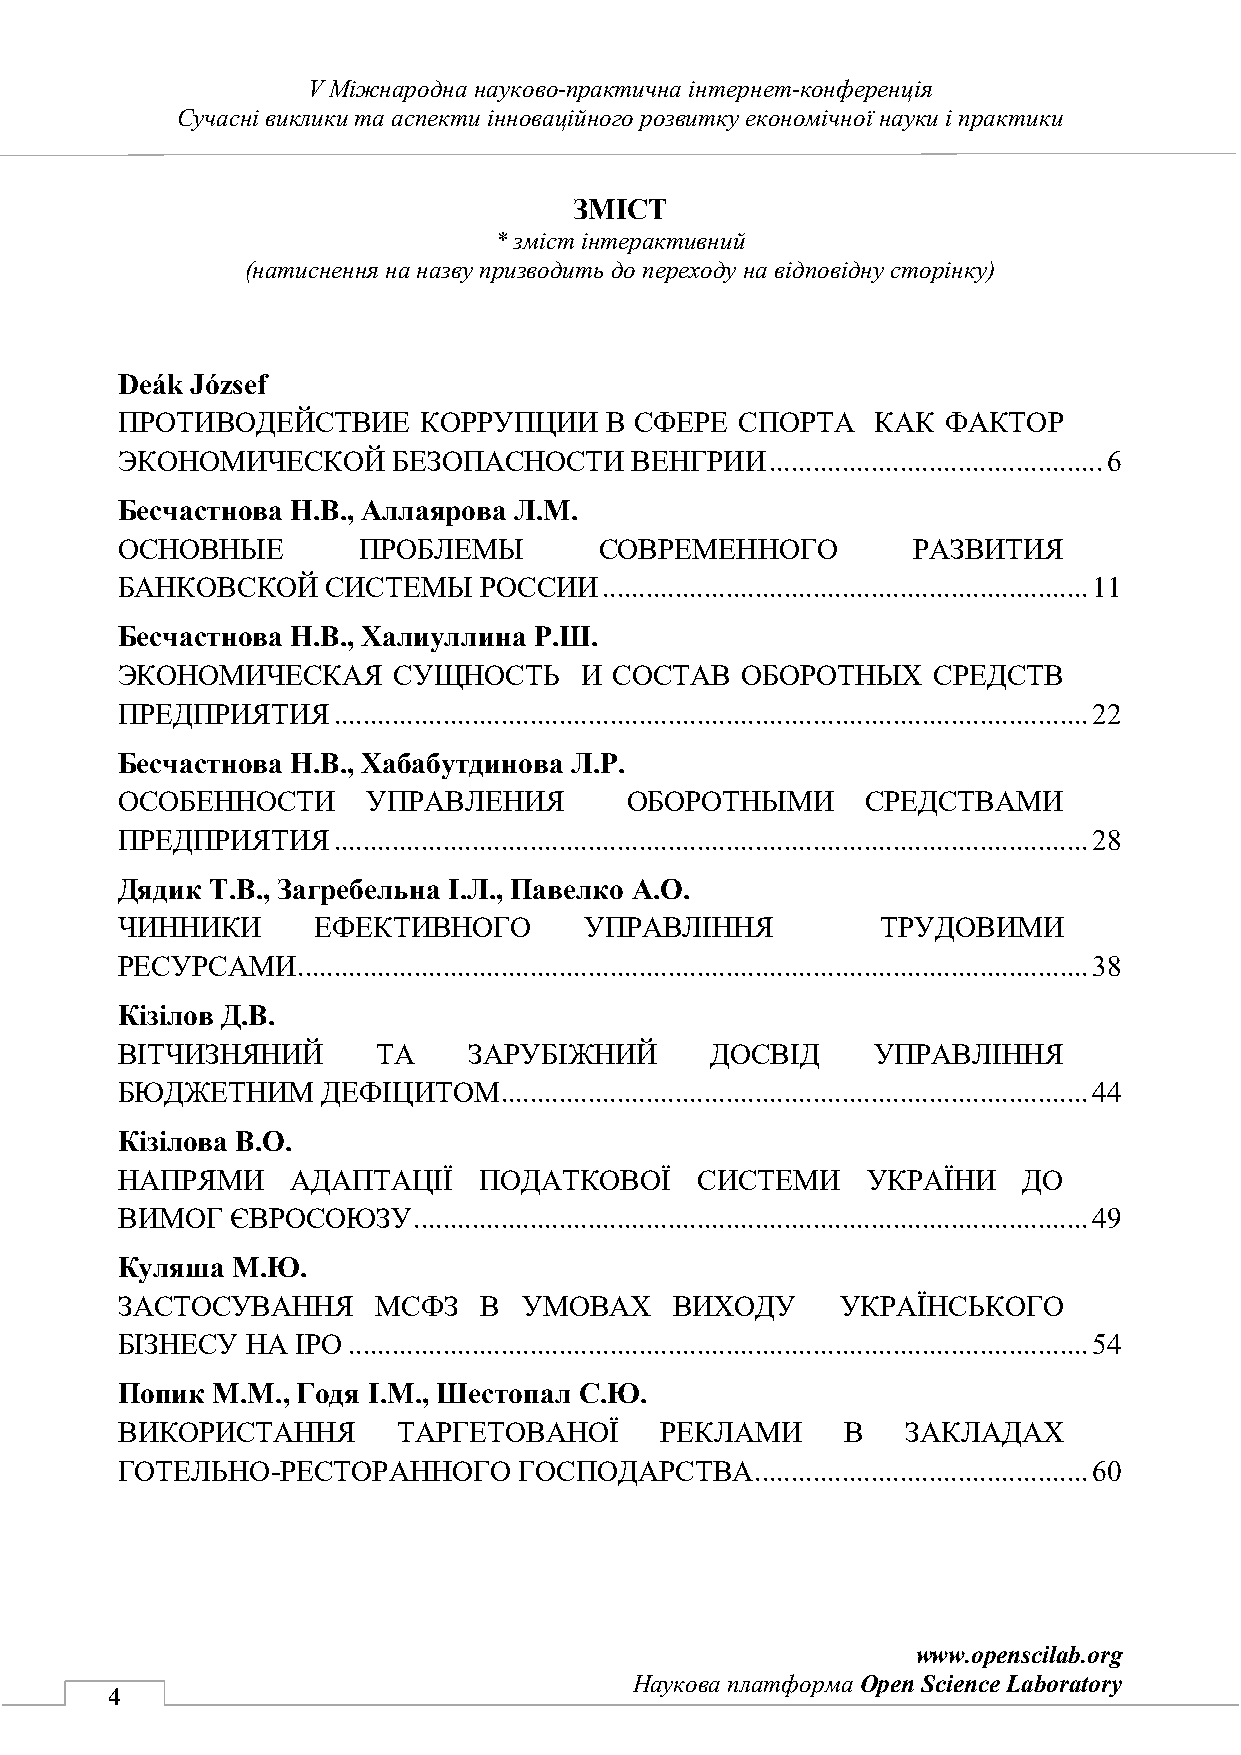
V Міжнародна науково-практична інтернет-конференція
 Сучасні виклики та аспекти інноваційного розвитку економічної науки і практики
 ЗМІСТ
 *зміст інтерактивний
 (натиснення на назву призводить до переходу на відповідну сторінку)
 Deák József
 ПРОТИВОДЕЙСТВИЕ     КОРРУПЦИИ   В СФЕРЕ  СПОРТА   КАК  ФАКТОР
 ЭКОНОМИЧЕСКОЙ     БЕЗОПАСНОСТИ    ВЕНГРИИ  .............................................. 6
 Бесчастнова Н.В., Аллаярова Л.М.
 ОСНОВНЫЕ        ПРОБЛЕМЫ        СОВРЕМЕННОГО        РАЗВИТИЯ
 БАНКОВСКОЙ    СИСТЕМЫ   РОССИИ  ................................................................... 11
 Бесчастнова Н.В., Халиуллина Р.Ш.
 ЭКОНОМИЧЕСКАЯ     СУЩНОСТЬ    И  СОСТАВ  ОБОРОТНЫХ    СРЕДСТВ
 ПРЕДПРИЯТИЯ   ........................................................................................................ 22
 Бесчастнова Н.В., Хабабутдинова Л.Р.
 ОСОБЕННОСТИ     УПРАВЛЕНИЯ       ОБОРОТНЫМИ      СРЕДСТВАМИ
 ПРЕДПРИЯТИЯ   ........................................................................................................ 28
 Дядик Т.В., Загребельна І.Л., Павелко А.О.
 ЧИННИКИ      ЕФЕКТИВНОГО       УПРАВЛІННЯ         ТРУДОВИМИ
 РЕСУРСАМИ   ............................................................................................................. 38
 Кізілов Д.В.
 ВІТЧИЗНЯНИЙ      ТА    ЗАРУБІЖНИЙ      ДОСВІД     УПРАВЛІННЯ
 БЮДЖЕТНИМ    ДЕФІЦИТОМ   ................................................................................. 44
 Кізілова В.О.
 НАПРЯМИ    АДАПТАЦІЇ    ПОДАТКОВОЇ    СИСТЕМИ    УКРАЇНИ    ДО
 ВИМОГ  ЄВРОСОЮЗУ   ............................................................................................. 49
 Куляша М.Ю.
 ЗАСТОСУВАННЯ     МСФЗ   В  УМОВАХ    ВИХОДУ     УКРАЇНСЬКОГО
 БІЗНЕСУ НА  IPO ...................................................................................................... 54
 Попик М.М., Годя І.М., Шестопал С.Ю.
 ВИКОРИСТАННЯ      ТАРГЕТОВАНОЇ      РЕКЛАМИ     В   ЗАКЛАДАХ
 ГОТЕЛЬНО-РЕСТОРАННОГО     ГОСПОДАРСТВА    .............................................. 60
 www.openscilab.org
 Наукова платформа Open Science Laboratory
 4